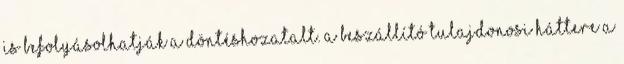
is befolyásolhatják a döntéshozatalt. A beszállító tulajdonosi háttere a